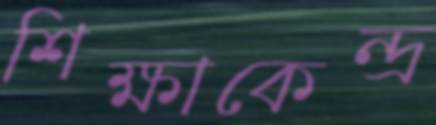
শিক্ষাকেন্দ্র